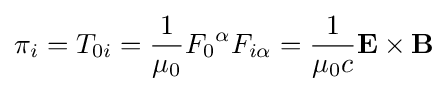
\pi _{i}=T_{0i}={\frac {1}{\mu _{0}}}F_{0}{}^{\alpha }F_{i\alpha }={\frac {1}{\mu _{0}c}}\mathbf {E} \times \mathbf {B}